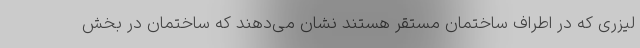
لیزری که در اطراف ساختمان مستقر هستند نشان می‌دهند که ساختمان در بخش